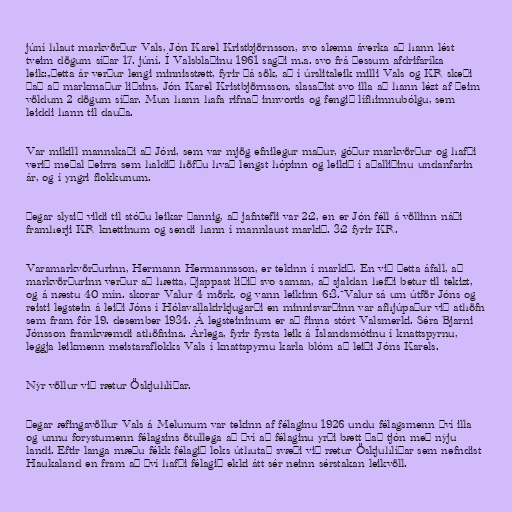
júní hlaut markvörður Vals, Jón Karel Kristbjörnsson, svo slæma áverka að hann lést
tveim dögum síðar 17. júní. Í Valsblaðinu 1961 sagði m.a. svo frá þessum afdrifaríka
leik:„Þetta ár verður lengi minnisstætt, fyrir þá sök, að í úrslitaleik milli Vals og KR skeði
það að markmaður liðsins, Jón Karel Kristbjörnsson, slasaðist svo illa að hann lézt af þeim
völdum 2 dögum síðar. Mun hann hafa rifnað innvortis og fengið lífhimnubólgu, sem
leiddi hann til dauða.

Var mikill mannskaði að Jóni, sem var mjög efnilegur maður, góður markvörður og hafði
verið meðal þeirra sem haldið höfðu hvað lengst hópinn og leikið í aðalliðinu undanfarin
ár, og í yngri flokkunum.

Þegar slysið vildi til stóðu leikar þannig, að jafntefli var 2:2, en er Jón féll á völlinn náði
framherji KR knettinum og sendi hann í mannlaust markið. 3:2 fyrir KR.

Varamarkvörðurinn, Hermann Hermannsson, er tekinn í markið. En við þetta áfall, að
markvörðurinn verður að hætta, þjappast liðið svo saman, að sjaldan hefði betur til tekizt,
og á næstu 40 mín. skorar Valur 4 mörk, og vann leikinn 6:3.“Valur sá um útför Jóns og
reisti legstein á leiði Jóns í Hólavallakirkjugarði en minnisvarðinn var afhjúpaður við athöfn
sem fram fór 19. desember 1934. Á legsteininum er að finna stórt Valsmerki. Séra Bjarni
Jónsson framkvæmdi athöfnina. Árlega, fyrir fyrsta leik á Íslandsmótinu í knattspyrnu,
leggja leikmenn meistaraflokks Vals í knattspyrnu karla blóm að leiði Jóns Karels.

Nýr völlur við rætur Öskjuhlíðar.

Þegar æfingavöllur Vals á Melunum var tekinn af félaginu 1926 undu félagsmenn því illa
og unnu forystumenn félagsins ötullega að því að félaginu yrði bætt það tjón með nýju
landi. Eftir langa mæðu fékk félagið loks úthutað svæði við rætur Öskjuhlíðar sem nefndist
Haukaland en fram að því hafði félagið ekki átt sér neinn sérstakan leikvöll.